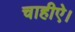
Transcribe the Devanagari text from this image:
चाहीऐ।